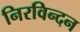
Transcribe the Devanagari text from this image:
निरविन्दन